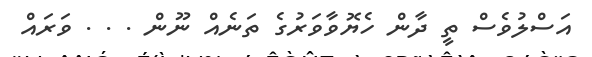
އަސްލުވެސް ތީ ދާން ހެޔޮވާވަރުގެ ތަނެއް ނޫން . . . ވަރައް